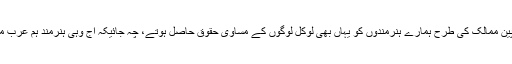
وگرنہ آج ترکوں کی جگہ پاکستانی جرمن معیشت کی ریڑھ کی ہڈی ہوتے اور باقی یورپین ممالک کی طرح ہمارے ہنرمندوں کو یہاں بھی لوکل لوگوں کے مساوی حقوق حاصل ہوتے، چہ جائیکہ آج وہی ہنرمند ہم عرب ممالک کو نہایت کم اجرت پہ دے رہے ہیں جنہیں ان ممالک میں کوئی حقوق حاصل نہیں۔